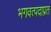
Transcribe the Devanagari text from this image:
भगवत्पदाप्रत